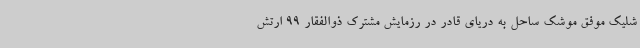
شلیک موفق موشک ساحل به دریای قادر در رزمایش مشترک ذوالفقار 99 ارتش